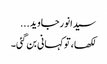
سیدانورجاوید...
لکھا، تو کہانی بن گئی۔